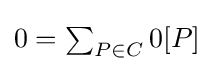
{\textstyle 0=\sum _{P\in C}{0[P]}}